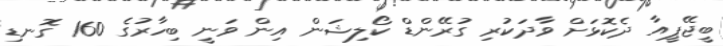
ބީޖޭޕީއާ ދެކޮޅަށް ވާދަކުރި ގުރޭންޑް ކޯލިޝަން އިން ވަނީ ބިހާރުގެ 160 ގޮނޑި